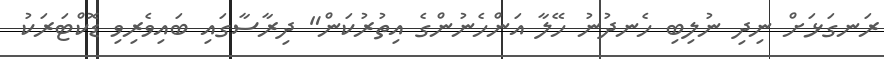
ރަނގަޅަށް ނިދި ނުލިބި ހެނދުނު ހޭލާ އަންހެނުންގެ އިތުރުކަން" ދިރާސާގައި ބައިވެރިވި ޑޮކްޓަރަކު